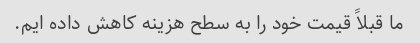
ما قبلاً قیمت خود را به سطح هزینه کاهش داده ایم.